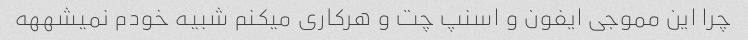
چرا این مموجی ایفون و اسنپ چت و هرکاری میکنم شبیه خودم نمیشههه